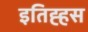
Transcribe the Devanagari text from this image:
इतिह्हस